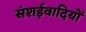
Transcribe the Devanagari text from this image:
संशईवादियों